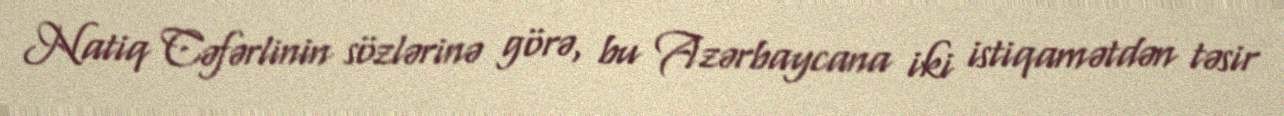
Natiq Cəfərlinin sözlərinə görə, bu Azərbaycana iki istiqamətdən təsir